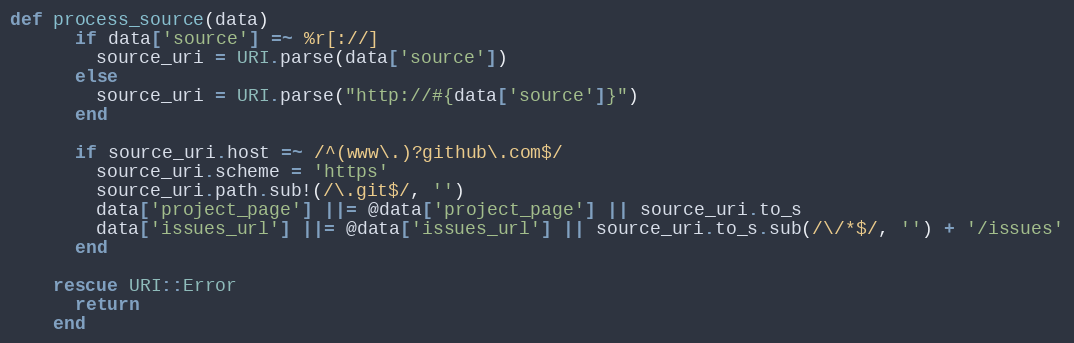
Language: Ruby
def process_source(data)
      if data['source'] =~ %r[://]
        source_uri = URI.parse(data['source'])
      else
        source_uri = URI.parse("http://#{data['source']}")
      end

      if source_uri.host =~ /^(www\.)?github\.com$/
        source_uri.scheme = 'https'
        source_uri.path.sub!(/\.git$/, '')
        data['project_page'] ||= @data['project_page'] || source_uri.to_s
        data['issues_url'] ||= @data['issues_url'] || source_uri.to_s.sub(/\/*$/, '') + '/issues'
      end

    rescue URI::Error
      return
    end